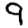
Digit: 9